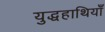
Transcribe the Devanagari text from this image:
युद्धहाथियाँ